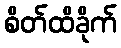
စိတ်ထိခိုက်